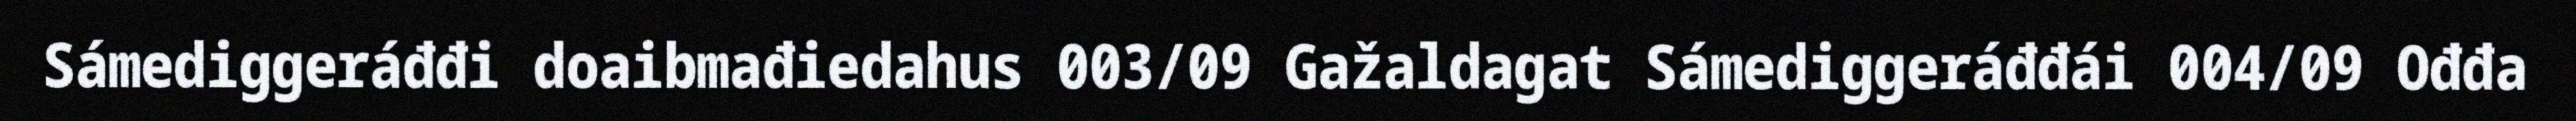
Sámediggeráđđi doaibmađiedahus 003/09 Gažaldagat Sámediggeráđđái 004/09 Ođđa